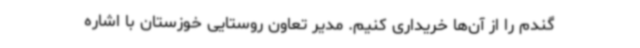
گندم را از آن‌ها خریداری کنیم. مدیر تعاون روستایی خوزستان با اشاره